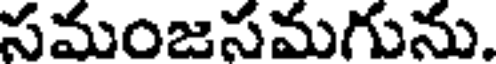
సమంజసమగును.